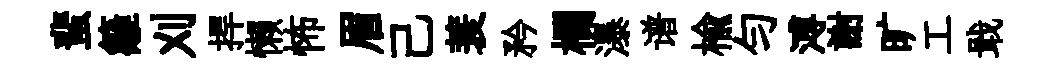
蜚籬刈捍懒怖眉己蓑矜欄瀑谱榆匀溥謝旷工戢